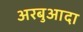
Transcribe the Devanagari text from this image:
अरबुआदा